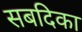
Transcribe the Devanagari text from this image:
सबदिका